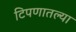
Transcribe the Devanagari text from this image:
टिपणातल्या